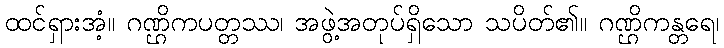
ထင်ရှားအံ့။ ဂဏ္ဌိကပတ္တဿ၊ အဖွဲ့အတုပ်ရှိသော သပိတ်၏။ ဂဏ္ဌိကန္တရေ၊